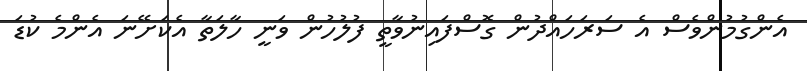
އެންގުމުންވެސް އެ ސަރަހައްދުން ގޮސްފައިނުވާތީ ފުލުހުން ވަނީ ހާލަތާ އެކަށޭނަ އެންމެ ކުޑަ